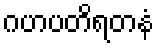
ဂဟပတိရတနံ